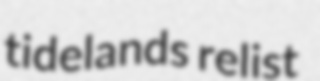
tidelands relist